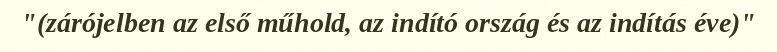
"(zárójelben az első műhold, az indító ország és az indítás éve)"